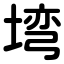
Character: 塆